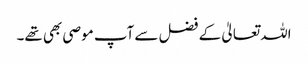
اللہ تعالیٰ کے فضل سے آپ موصی بھی تھے۔